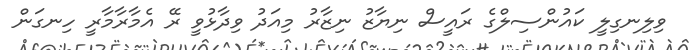
ވިލިނގިލީ ކައުންސިލްގެ ރައީސް ނިޔާޒު ނިޒާރު މިއަދު ވިދާޅުވީ ރޭ އެމާރާމާރީ ހިނގަން